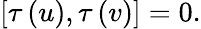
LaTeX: [\tau\left(u\right),\tau\left(v\right)]=0.